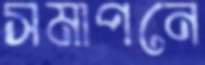
সমাপনে